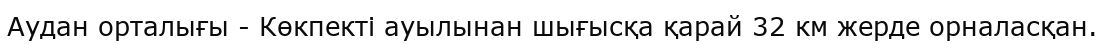
Аудан орталығы - Көкпекті ауылынан шығысқа қарай 32 км жерде орналасқан.